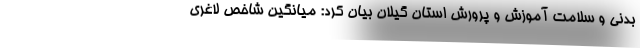
بدنی و سلامت آموزش و پرورش استان گیلان بیان کرد: میانگین شاخص لاغری